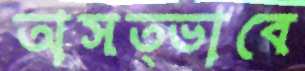
অসত্ভাবে